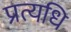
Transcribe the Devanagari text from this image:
प्रत्यधि